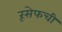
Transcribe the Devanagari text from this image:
रूसेफची